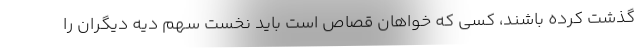
گذشت کرده باشند، کسی که خواهان قصاص است باید نخست سهم دیه دیگران را